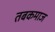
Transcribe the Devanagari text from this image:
तबकमाज